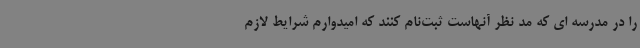
را در مدرسه ای که مد نظر آنهاست ثبت‌نام کنند که امیدوارم شرایط لازم